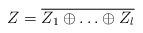
LaTeX: \begin{align*} Z = \overline{Z_1\oplus\ldots\oplus Z_l}\end{align*}